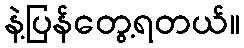
နဲ့ပြန်တွေ့ရတယ်။